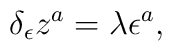
\delta _\epsilon z^a=\lambda \epsilon ^a,